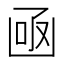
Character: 凾